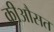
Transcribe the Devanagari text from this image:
कीऔसत